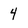
Character: 4